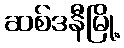
ဆစ်ဒနီမြို့